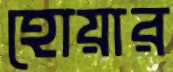
হোয়ার